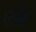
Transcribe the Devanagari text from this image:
पन्निर